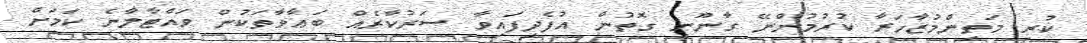
ކުރި މަތިންމުޒާހަރާ ކުރުމުންނޭ ގާނޫނީ ގޮތުން އުފެދިފައިވާ ސަރުކާރެއް ބަޢާވާތަކުން ވައްޓާލާނެ ކަމަށް